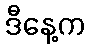
ဒီနေ့က